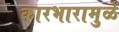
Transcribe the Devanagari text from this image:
कारभारामुळें